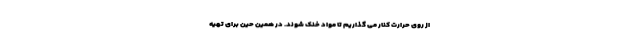
از روی حرارت کنار می گذاریم تا مواد خنک شوند. در همین حین برای تهیه